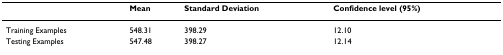
<table><thead><tr><td></td><td><b>Mean</b></td><td><b>Standard Deviation</b></td><td><b>Confidence level (95%)</b></td></tr></thead><tbody><tr><td>Training Examples</td><td>548.31</td><td>398.29</td><td>12.10</td></tr><tr><td>Testing Examples</td><td>547.48</td><td>398.27</td><td>12.14</td></tr></tbody></table>